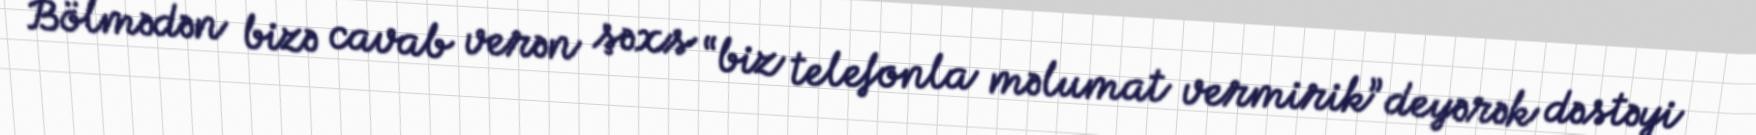
Bölmədən bizə cavab verən şəxs “biz telefonla məlumat vermirik” deyərək dəstəyi